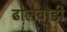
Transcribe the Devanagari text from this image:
ढोलेवाडी